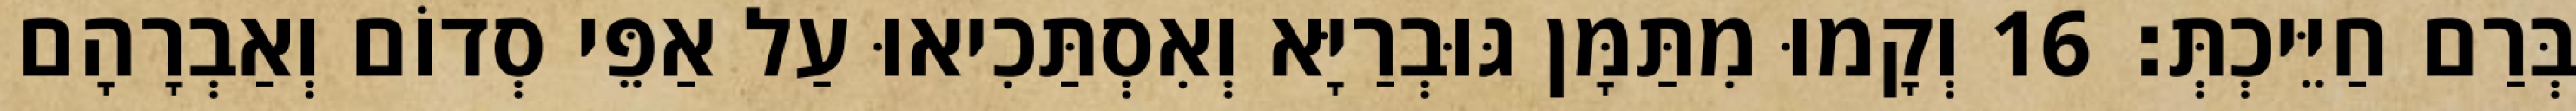
בְּרַם חַיֵּיכְתְּ׃ 16 וְקָמוּ מִתַּמָּן גּוּבְרַיָּא וְאִסְתַּכִיאוּ עַל אַפֵּי סְדוֹם וְאַבְרָהָם